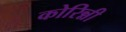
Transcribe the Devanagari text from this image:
कोरिन्नी